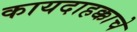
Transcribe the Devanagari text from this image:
कायदाहक्काचे